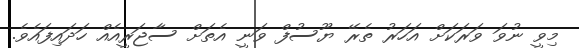
މިވީ ނުވަ ވަރަކަށް އަހަރު ތެރޭ ޔޫސުފް ވަނީ އެތަށް ސާޖަރީއެއް ހަދައިފައެވެ.